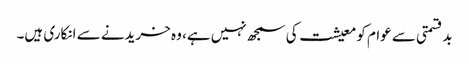
بدقسمتی سے عوام کو معیشت کی سمجھ نہیں ہے، وہ خریدنے سے انکاری ہیں۔